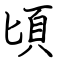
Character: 頃